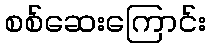
စစ်ဆေးကြောင်း